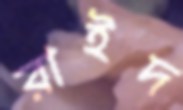
রাইদ